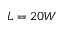
L = 2 0 W